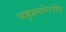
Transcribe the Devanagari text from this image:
बहुप्रयोगनीय